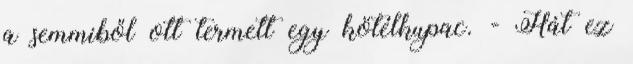
a semmiből ott termett egy kötélkupac. - Hát ez